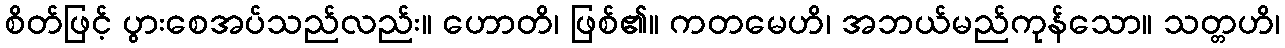
စိတ်ဖြင့် ပွားစေအပ်သည်လည်း။ ဟောတိ၊ ဖြစ်၏။ ကတမေဟိ၊ အဘယ်မည်ကုန်သော။ သတ္တဟိ၊